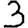
Digit: 3